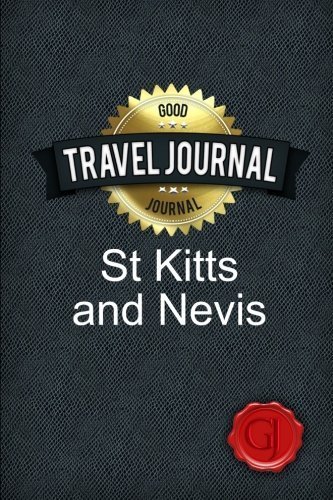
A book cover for Travel Journal St Kitts and Nevis by Journal, Good (2014) Paperback; Good Journal; Travel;